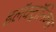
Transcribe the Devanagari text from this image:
इलॅक्ट्रॉनिक्स